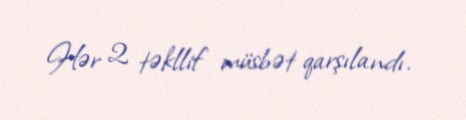
Hər 2 təkllif müsbət qarşılandı.